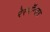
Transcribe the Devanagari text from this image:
रेस्पॉन्डर